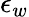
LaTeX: \epsilon_{w}